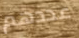
عددهم